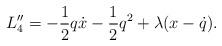
LaTeX: \begin{align*}L''_{4}=-\frac{1}{2}q\dot{x}-\frac{1}{2}q^{2}+\lambda(x-\dot{q}).\end{align*}